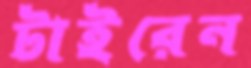
টাইরেন